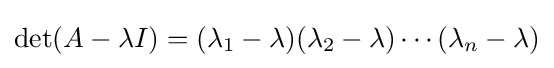
\det(A-\lambda I)=(\lambda _{1}-\lambda )(\lambda _{2}-\lambda )\cdots (\lambda _{n}-\lambda )